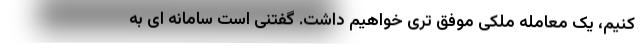
کنیم، یک معامله ملکی موفق تری خواهیم داشت. گفتنی است سامانه ای به